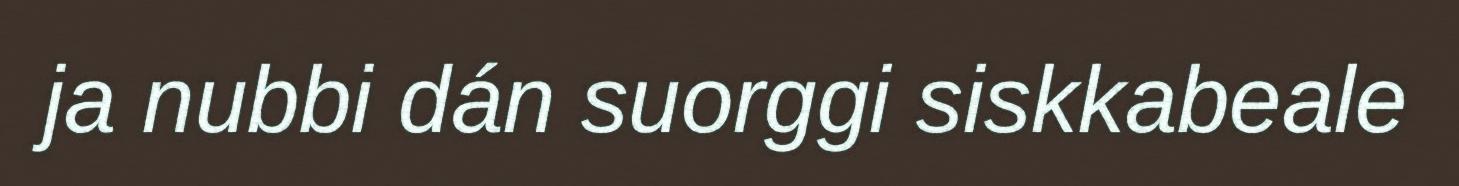
ja nubbi dán suorggi siskkabeale